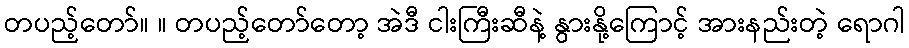
တပည့်တော်။ ။ တပည့်တော်တော့ အဲဒီ ငါးကြီးဆီနဲ့ နွားနို့ကြောင့် အားနည်းတဲ့ ရောဂါ